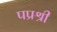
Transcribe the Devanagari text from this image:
पप्रश्री